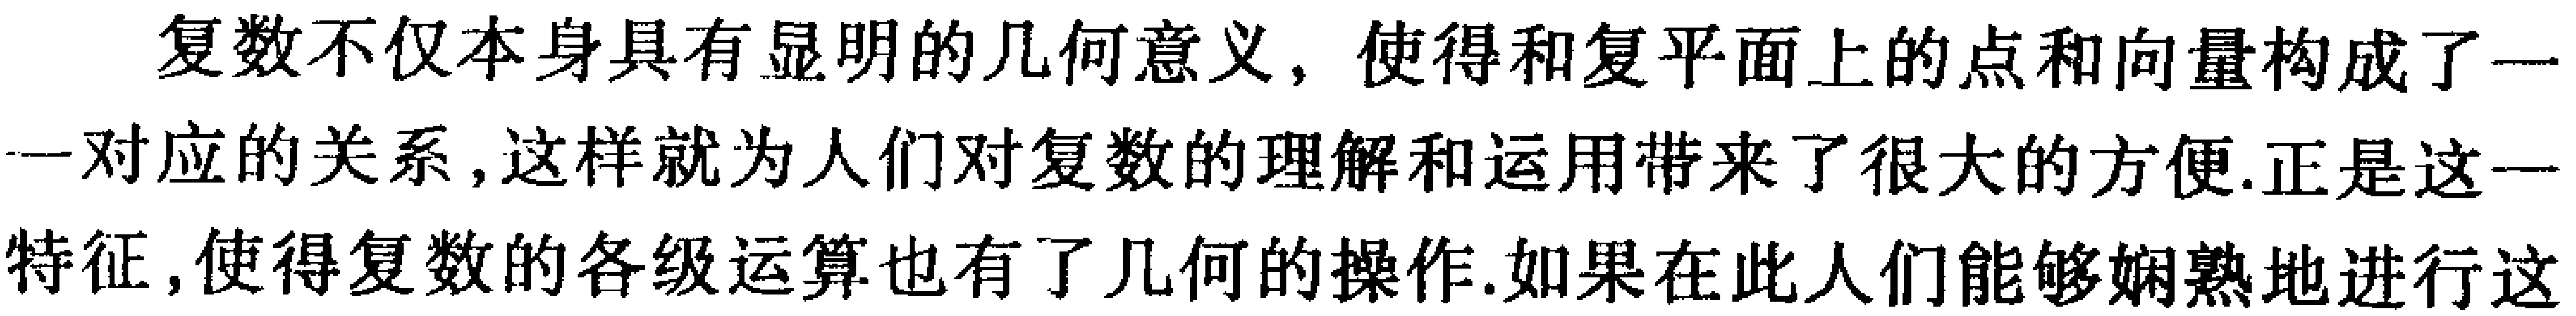
复数不仅本身具有显明的几何意义，使得和复平面上的点和向量构成了一一对应的关系，这样就为人们对复数的理解和运用带来了很大的方便.正是这一特征，使得复数的各级运算也有了几何的操作.如果在此人们能够娴熟地进行这